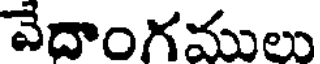
వేదాంగములు